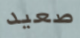
صعيد